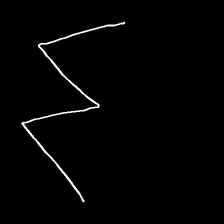
Glyph: crush